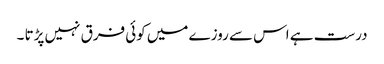
درست ہے اس سے روزے میں کوئی فرق نہیں پڑتا ۔